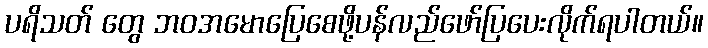
ပရိသတ် တွေ ဘဝအမောပြေစေဖို့ပန်လည်ဖော်ပြပေးလိုက်ရပါတယ်။